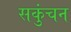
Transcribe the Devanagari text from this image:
सकुंचन